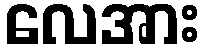
လေအား